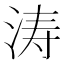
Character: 涛